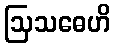
ဩသဓေဟိ